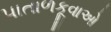
પાતાળકૂવાઓ